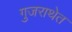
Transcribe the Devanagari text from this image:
गुजराथेत